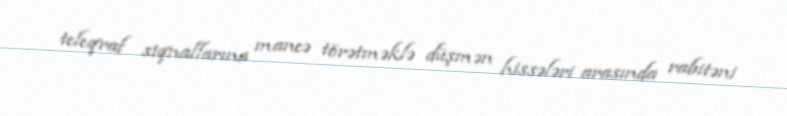
teleqraf siqnallarına maneə törətməklə düşmən hissələri arasında rabitəni